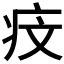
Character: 𤵒